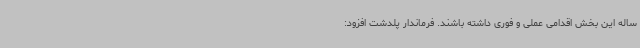
ساله این بخش اقدامی عملی و فوری داشته باشند. فرماندار پلدشت افزود: